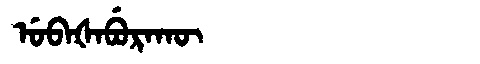
Manchu: ᡠᠪᠠᡧᠠᠪᡠᡵᠠᡴᡡ
Romanization: UBAŠABURAKŪ